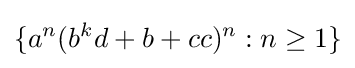
\{a^{n}(b^{k}d+b+cc)^{n}:n\geq 1\}